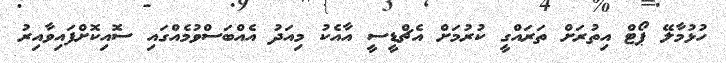
ހުޅުމާލޭ ޕޯޓް އިތުރަށް ތަރައްގީ ކުރުމަށް އެޗްޑީސީ އާއެކު މިއަދު އެއްބަސްވުމެއްގައި ސޮއިކޮށްފައިވާއިރު